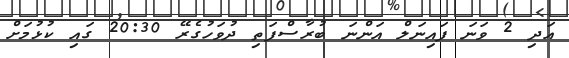
އަދި 2 ވަނަ ފައިނަލް އަންނަ ބުރާސްފަތި ދުވަހުގެރޭ 20:30 ގައި ކުޅުމަށް